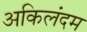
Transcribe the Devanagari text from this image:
अकिलंदम